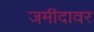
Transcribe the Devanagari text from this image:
जमींदावर